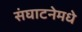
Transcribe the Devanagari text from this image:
संघाटनेमधे